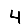
Digit: 4